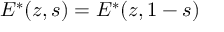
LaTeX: E ^ { * } ( z , s ) = E ^ { * } ( z , 1 - s )